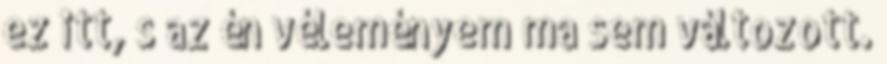
ez itt, s az én véleményem ma sem változott.